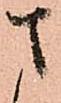
さ